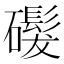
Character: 𬒨